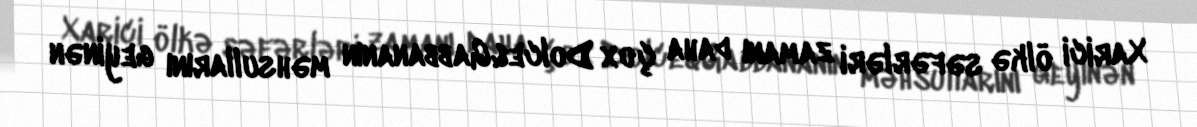
Xarici ölkə səfərləri zamanı daha çox Dolce&Gabbananın məhsullarını geyinən